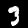
Digit: 3